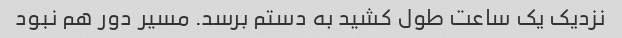
نزدیک یک ساعت طول کشید به دستم برسد. مسیر دور هم نبود